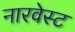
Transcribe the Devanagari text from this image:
नारवेस्ट